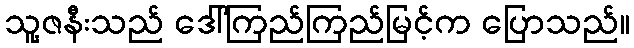
သူ့ဇနီးသည် ဒေါ်ကြည်ကြည်မြင့်က ပြောသည်။